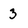
Character: 3